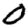
Digit: 0